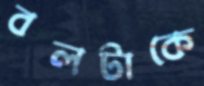
বলটাকে